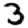
Digit: 3